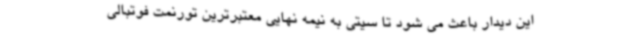
این دیدار باعث می شود تا سیتی به نیمه نهایی معتبرترین تورنمت فوتبالی